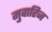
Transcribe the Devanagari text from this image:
मुवारिज